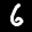
Label: 6